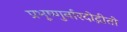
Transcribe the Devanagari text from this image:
प्रभूष्णुर्नारदोद्गीतो